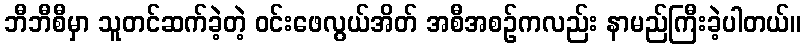
ဘီဘီစီမှာ သူတင်ဆက်ခဲ့တဲ့ ဝင်းဖေလွယ်အိတ် အစီအစဉ်ကလည်း နာမည်ကြီးခဲ့ပါတယ်။